Indian journal of veterinary science and animal husbandry - Volumes 15-17, 1948-1951
Year: 1948
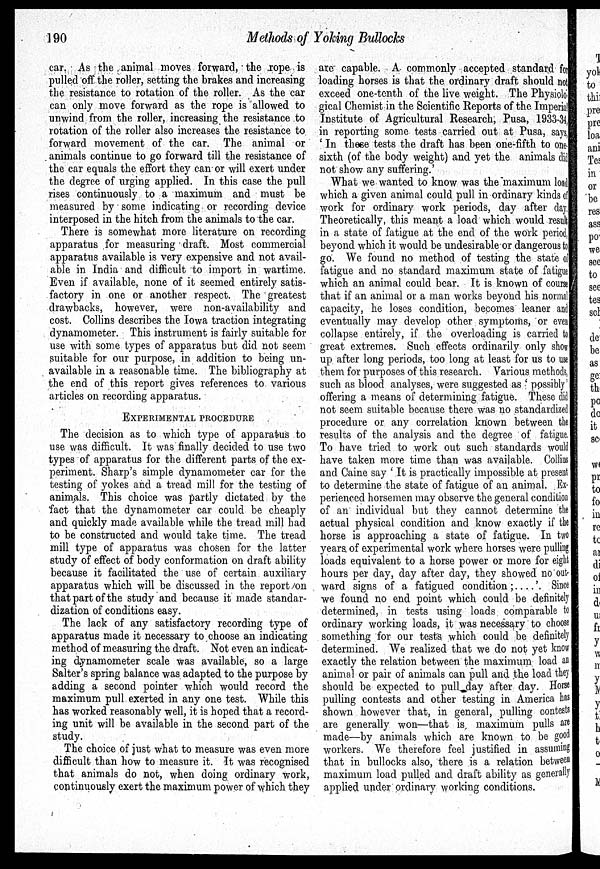
190
Methods of Yoking Bullocks
car. As the animal moves forward, the rope is
pulled off the roller, setting the brakes and increasing
the resistance to rotation of the roller. As the car
can only move forward as the rope is allowed to
unwind from the roller, increasing the resistance to
rotation of the roller also increases the resistance to
forward movement of the car. The animal or
animals continue to go forward till the resistance of
the car equals the effort they can or will exert under
the degree of urging applied. In this case the pull
rises continuously to a maximum and must be
measured by some indicating or recording device
interposed in the hitch from the animals to the car.
There is somewhat more literature on recording
apparatus for measuring draft. Most commercial
apparatus available is very expensive and not avail-
able in India and difficult to import in wartime.
Even if available, none of it seemed entirely satis-
factory in one or another respect. The greatest
drawbacks, however, were non-availability and
cost. Collins describes the Iowa traction integrating
dynamometer. This instrument is fairly suitable for
use with some types of apparatus but did not seem
suitable for our purpose, in addition to being un-
available in a reasonable time. The bibliography at
the end of this report gives references to various
articles on recording apparatus.
EXPERIMENTAL PROCEDURE
The decision as to which type of apparatus to
use was difficult. It was finally decided to use two
types of apparatus for the different parts of the ex-
periment. Sharp's simple dynamometer car for the
testing of yokes and a tread mill for the testing of
animals. This choice was partly dictated by the
fact that the dynamometer car could be cheaply
and quickly made available while the tread mill had
to be constructed and would take time. The tread
mill type of apparatus was chosen for the latter
study of effect of body conformation on draft ability
because it facilitated the use of certain auxiliary
apparatus which will be discussed in the report on
that part of the study and because it made standar-
dization of conditions easy.
The lack of any satisfactory recording type of
apparatus made it necessary to choose an indicating
method of measuring the draft. Not even an indicat-
ing dynamometer scale was available, so a large
Salter's spring balance was adapted to the purpose by
adding a second pointer which would record the
maximum pull exerted in any one test. While this
has worked reasonably well, it is hoped that a record-
ing unit will be available in the second part of the
study.
The choice of just what to measure was even more
difficult than how to measure it. It was recognised
that animals do not, when doing ordinary work,
continuously exert the maximum power of which they
are capable. A commonly accepted standard for
loading horses is that the ordinary draft should not
exceed one-tenth of the live weight. The Physiolo-
gical Chemist in the Scientific Reports of the Imperial
Institute of Agricultural Research, Pusa, 1933-34,
in reporting some tests carried out at Pusa, says,
'In these tests the draft has been one-fifth to one-
sixth (of the body weight) and yet the animals did
not show any suffering.'
What we wanted to know was the maximum load
which a given animal could pull in ordinary kinds of
work for ordinary work periods, day after day.
Theoretically, this meant a load which would result
in a state of fatigue at the end of the work period,
beyond which it would be undesirable or dangerous to
go. We found no method of testing the state of
fatigue and no standard maximum state of fatigue
which an animal could bear. It is known of course
that if an animal or a man works beyond his normal
capacity, he loses condition, becomes leaner and
eventually may develop other symptoms, or even
collapse entirely, if the overloading is carried to
great extremes. Such effects ordinarily only show
up after long periods, too long at least for us to use
them for purposes of this research. Various methods,
such as blood analyses, were suggested as 'possibly'
offering a means of determining fatigue. These did
not seem suitable because there was no standardized
procedure or any correlation known between the
results of the analysis and the degree of fatigue.
To have tried to work out such standards would
have taken more time than was available. Collins
and Caine say 'It is practically impossible at present
to determine the state of fatigue of an animal. Ex-
perienced horsemen may observe the general condition
of an individual but they cannot determine the
actual physical condition and know exactly if the
horse is approaching a state of fatigue. In two
years of experimental work where horses were pulling
loads equivalent to a horse power or more for eight
hours per day, day after day, they showed no out-
ward signs of a fatigued condition;....'. Si nce
we found no end point which could be definitely
determined, in tests using loads comparable to
ordinary working loads, it was necessary to choose
something for our tests which could be definitely
determined. We realized that we do not yet know
exactly the relation between the maximum load an
animal or pair of animals can pull and the load they
should be expected to pull day after day. Horse
pulling contests and other testing in America has
shown however that, in general, pulling contests
are generally won—that is maximum pulls are
made—by animals which are known to be good
workers. We therefore feel justified in assuming
that in bullocks also, there is a relation between
maximum load pulled and draft ability as generally
applied under ordinary working conditions.